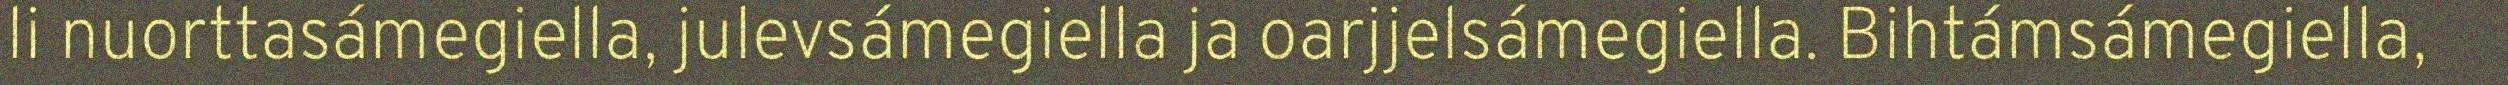
li nuorttasámegiella, julevsámegiella ja oarjjelsámegiella. Bihtámsámegiella,